V__Kingissepa_nim__kolhoos, lk 31
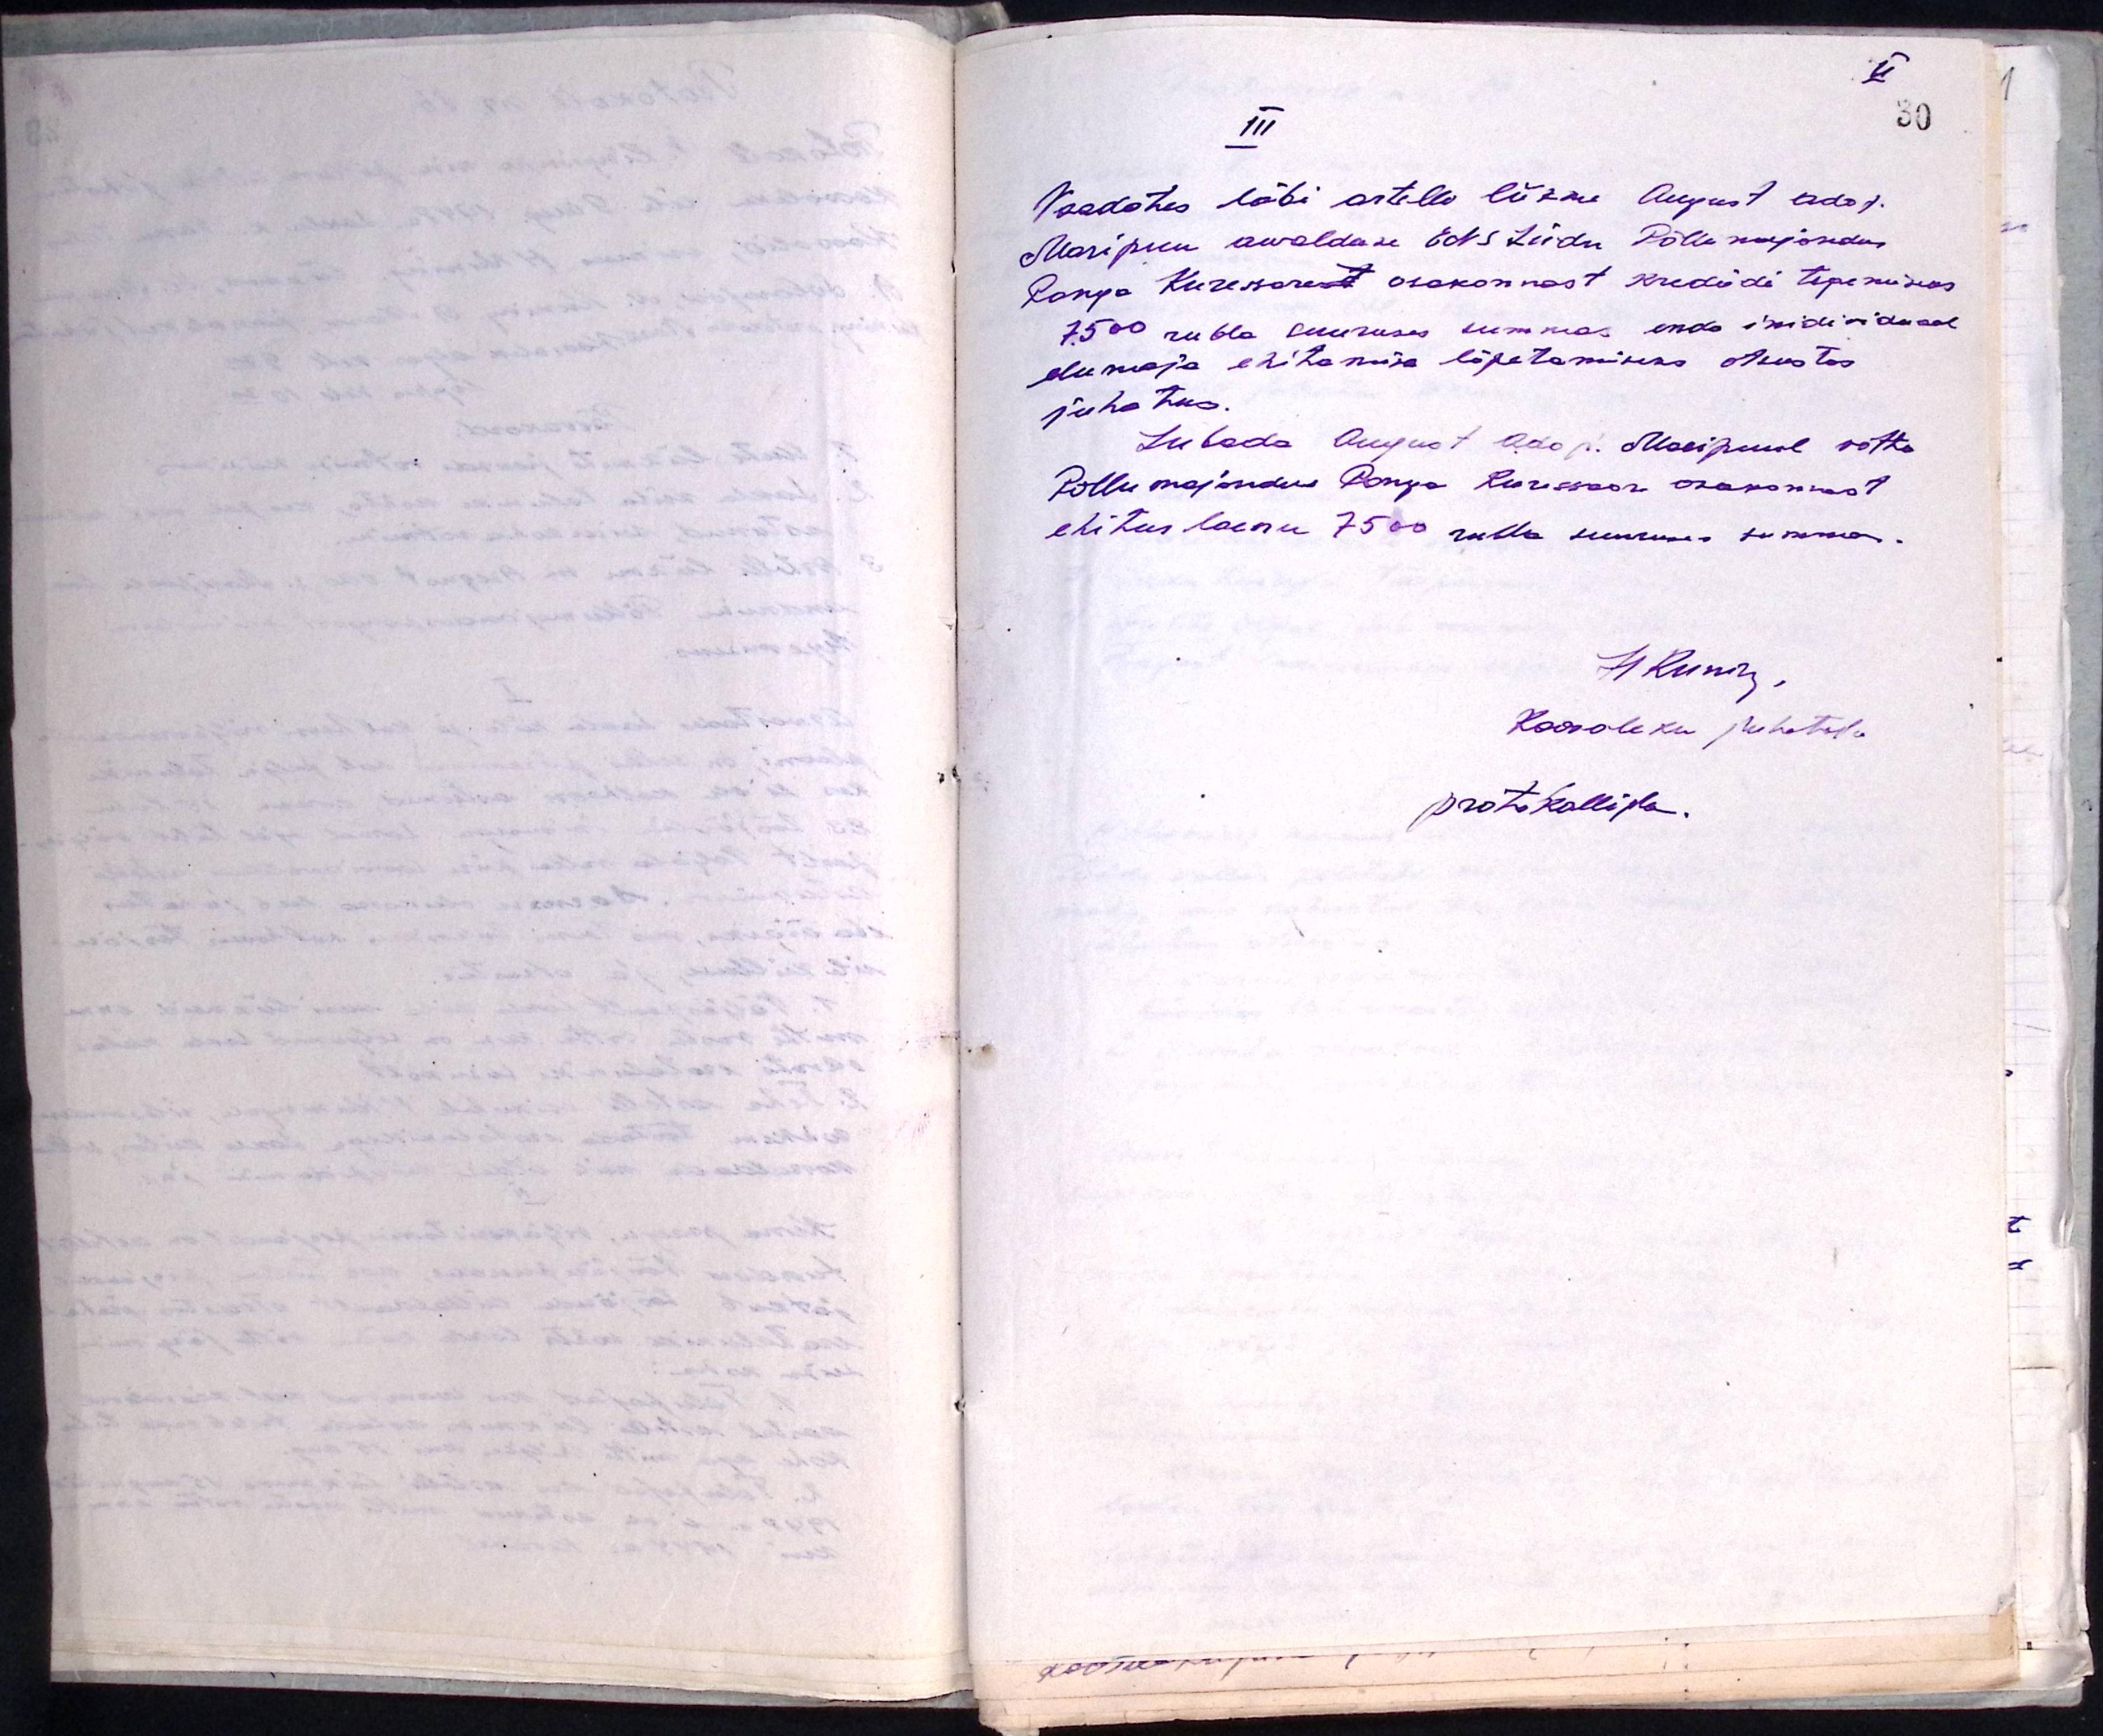
III
Vaadates läbi artelli liikme August Ado p.
Maripuu awalduse ENS Liidu Põllumajandus
Panga Kuresaarest osakonnast krediidi tegemiseks
7500 rubla suuruses summas enda individuaal
elumaja ehitamise lõpetamiseks otsustas
juhatus.
Lubada August Ado p. Maripuul võtta
Põllumajandus Panga Kuressaare osakonnast
ehitus laenu 7500 rubla suuruses summas.
41 kuning
Koosoleku juhataja
protokollija.